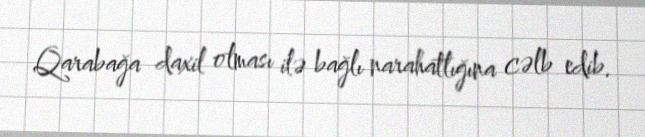
Qarabağa daxil olması ilə bağlı narahatlığına cəlb edib.